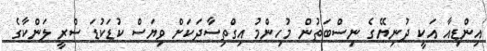
އިންޑިއާ އަކީ ދުނިޔޭގެ ނިސްބަތުން މުހިންމު އިގްތިސާދަކަށް ވިޔަސް ކުޑަކުޑަ ސްރީ ލަންކާގެ